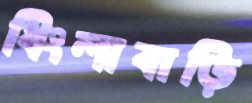
ধিংলাবাড়ি